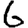
Digit: 6